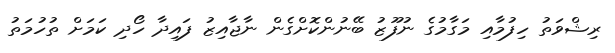
ރިޝްވަތު ހިފުމާއި މަގާމުގެ ނުފޫޒު ބޭނުންކޮށްގެން ނާޖާއިޒު ފައިދާ ހޯދި ކަމަށް ތުހުމަތު